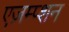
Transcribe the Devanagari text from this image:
एज़म्प्शन